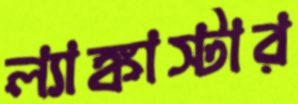
ল্যাঙ্কাস্টার